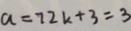
a = 7 2 k + 3 = 3